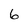
Character: 6